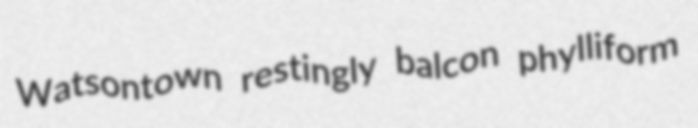
Watsontown restingly balcon phylliform